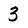
Character: 3